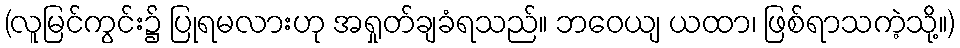
(လူမြင်ကွင်း၌ ပြုရမလားဟု အရှုတ်ချခံရသည်။ ဘဝေယျ ယထာ၊ ဖြစ်ရာသကဲ့သို့။)